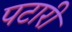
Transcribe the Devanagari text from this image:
पटारी